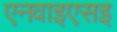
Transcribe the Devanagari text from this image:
एनवाइएसइ